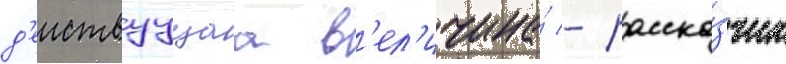
д'еиствуущаа в'ел'ичина́ - расска́зчик